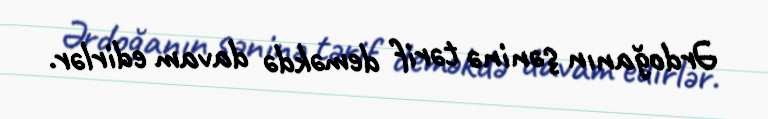
Ərdoğanın şəninə tərif deməkdə davam edirlər.